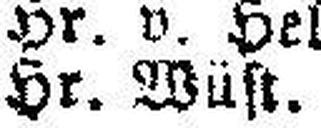
Hr. Wüft.